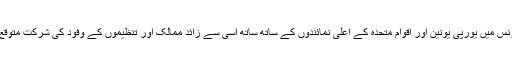
کانفرنس میں یورپی یونین اور اقوام متحدہ کے اعلیٰ نمائندوں کے ساتھ ساتھ اسّی سے زائد ممالک اور تنظیموں کے وفود کی شرکت متوقع ہے۔